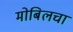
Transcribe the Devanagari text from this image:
मोबिलचा